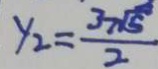
y _ { 2 } = \frac { 3 \sqrt { 5 } } { 2 }